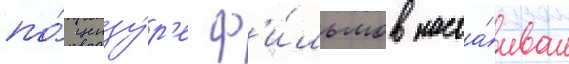
по́ цензу́р'е ф'и́льмов наста́ивал